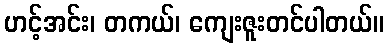
ဟင့်အင်း၊ တကယ်၊ ကျေးဇူးတင်ပါတယ်။